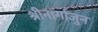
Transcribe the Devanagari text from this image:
श्रीनार्गाजुन